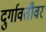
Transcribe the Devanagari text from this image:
दुर्गावतीवर